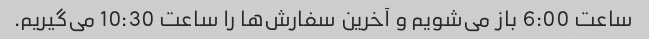
ساعت 6:00 باز می‌شویم و آخرین سفارش‌ها را ساعت 10:30 می‌گیریم.